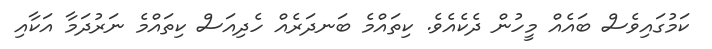
ކަމުގައިވެސް ބައެއް މީހުން ދެކެއެވެ. ކިތައްމެ ބަނދަރެއް ހެދިއަސް ކިތައްމެ ނަރުދަމާ އަކާއި